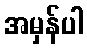
အမှန်ပါ